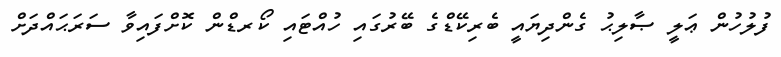
ފުލުހުން ޢަލީ ޞާލިޙު ގެންދިޔައީ ބެރިކޭޑްގެ ބޭރުގައި ހުއްޓައި ކޯރޑްން ކޮށްފައިވާ ސަރަޙައްދަށް